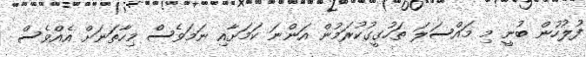
ފުލުހުން ބުނީ މި މައްސަލަ ތަހުގީގުކުރަމުން އަންނަ ކަމަށާއި ނަމަވެސް މިހާތަނަށް އެއްވެސް